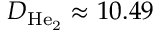
D _ { \mathrm { H e _ { 2 } } } \approx 1 0 . 4 9